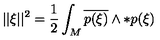
| | \xi | | ^ { 2 } = { \frac { 1 } { 2 } } \int _ { M } \overline { { p ( \xi ) } } \wedge * p ( \xi )